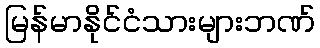
မြန်မာနိုင်ငံသားများဘဏ်